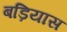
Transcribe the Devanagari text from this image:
बड़ियास